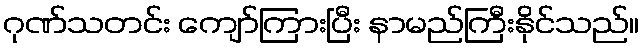
ဂုဏ်သတင်း ကျော်ကြားပြီး နာမည်ကြီးနိုင်သည်။